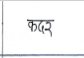
मजकूर: कदर